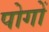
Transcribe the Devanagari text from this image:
पोगों